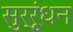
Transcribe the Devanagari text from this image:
सुर्रूंधन